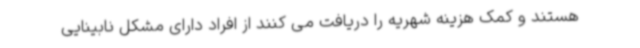
هستند و کمک هزینه شهریه را دریافت می کنند از افراد دارای مشکل نابینایی